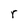
Character: r